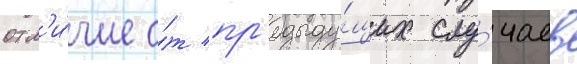
отл'и́чие о́т пр'едыду́щих слу́чаев